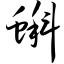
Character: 蝌